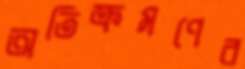
অতিক্রমণের